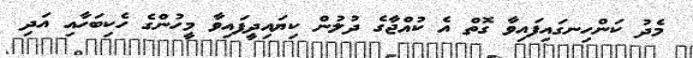
މެދު ކަންހިނގައިފައިވާ ގޮތް އެ ކުއްޖާގެ ދުލުން ކިޔައިދީފައިވާ މީހުންގެ ހެކިބަހާއި އަދި